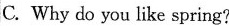
C. Why do you like spring?